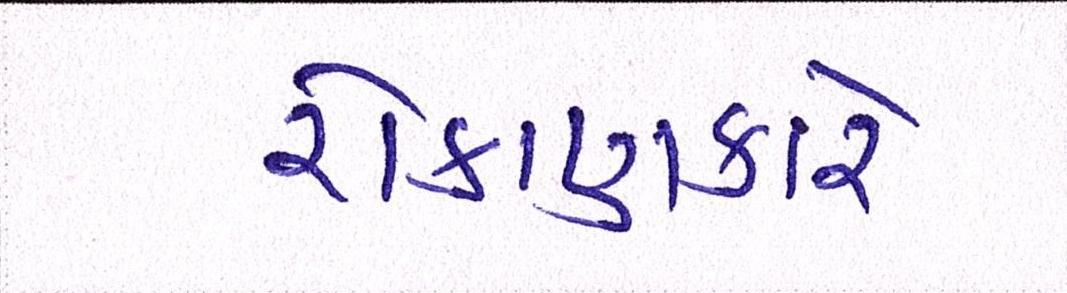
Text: રોકાણકારે